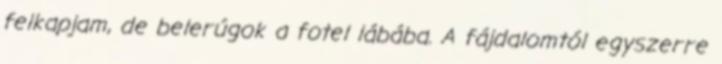
felkapjam, de belerúgok a fotel lábába. A fájdalomtól egyszerre